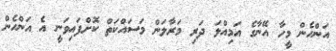
އަންހެން މީހާ އޭނާގެ އަމިއްލަ ދަރި މަރާލަން މަސައްކަތް ކޮށްފައިވަނީ އެ އަންހެން